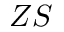
Z S